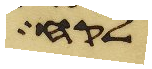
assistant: לקח